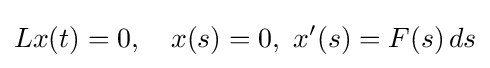
Lx(t)=0,\quad x(s)=0,\ x'(s)=F(s)\,ds